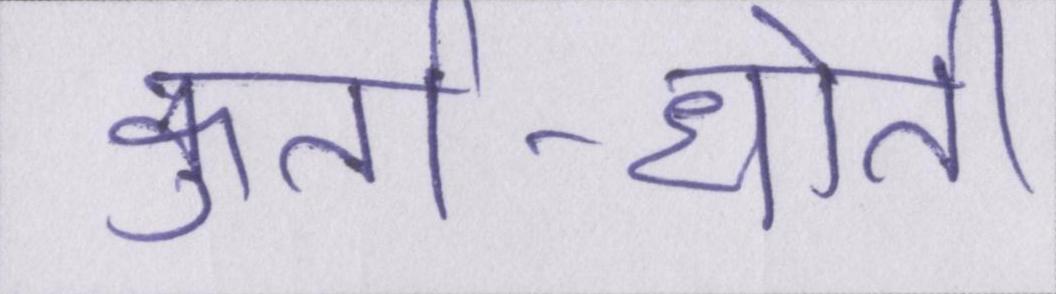
कुर्ता-धोती